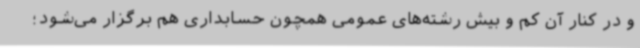
و در کنار آن کم و بیش رشته‌های عمومی همچون حسابداری هم برگزار می‌شود؛